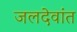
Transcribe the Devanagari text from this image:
जलदेवांत